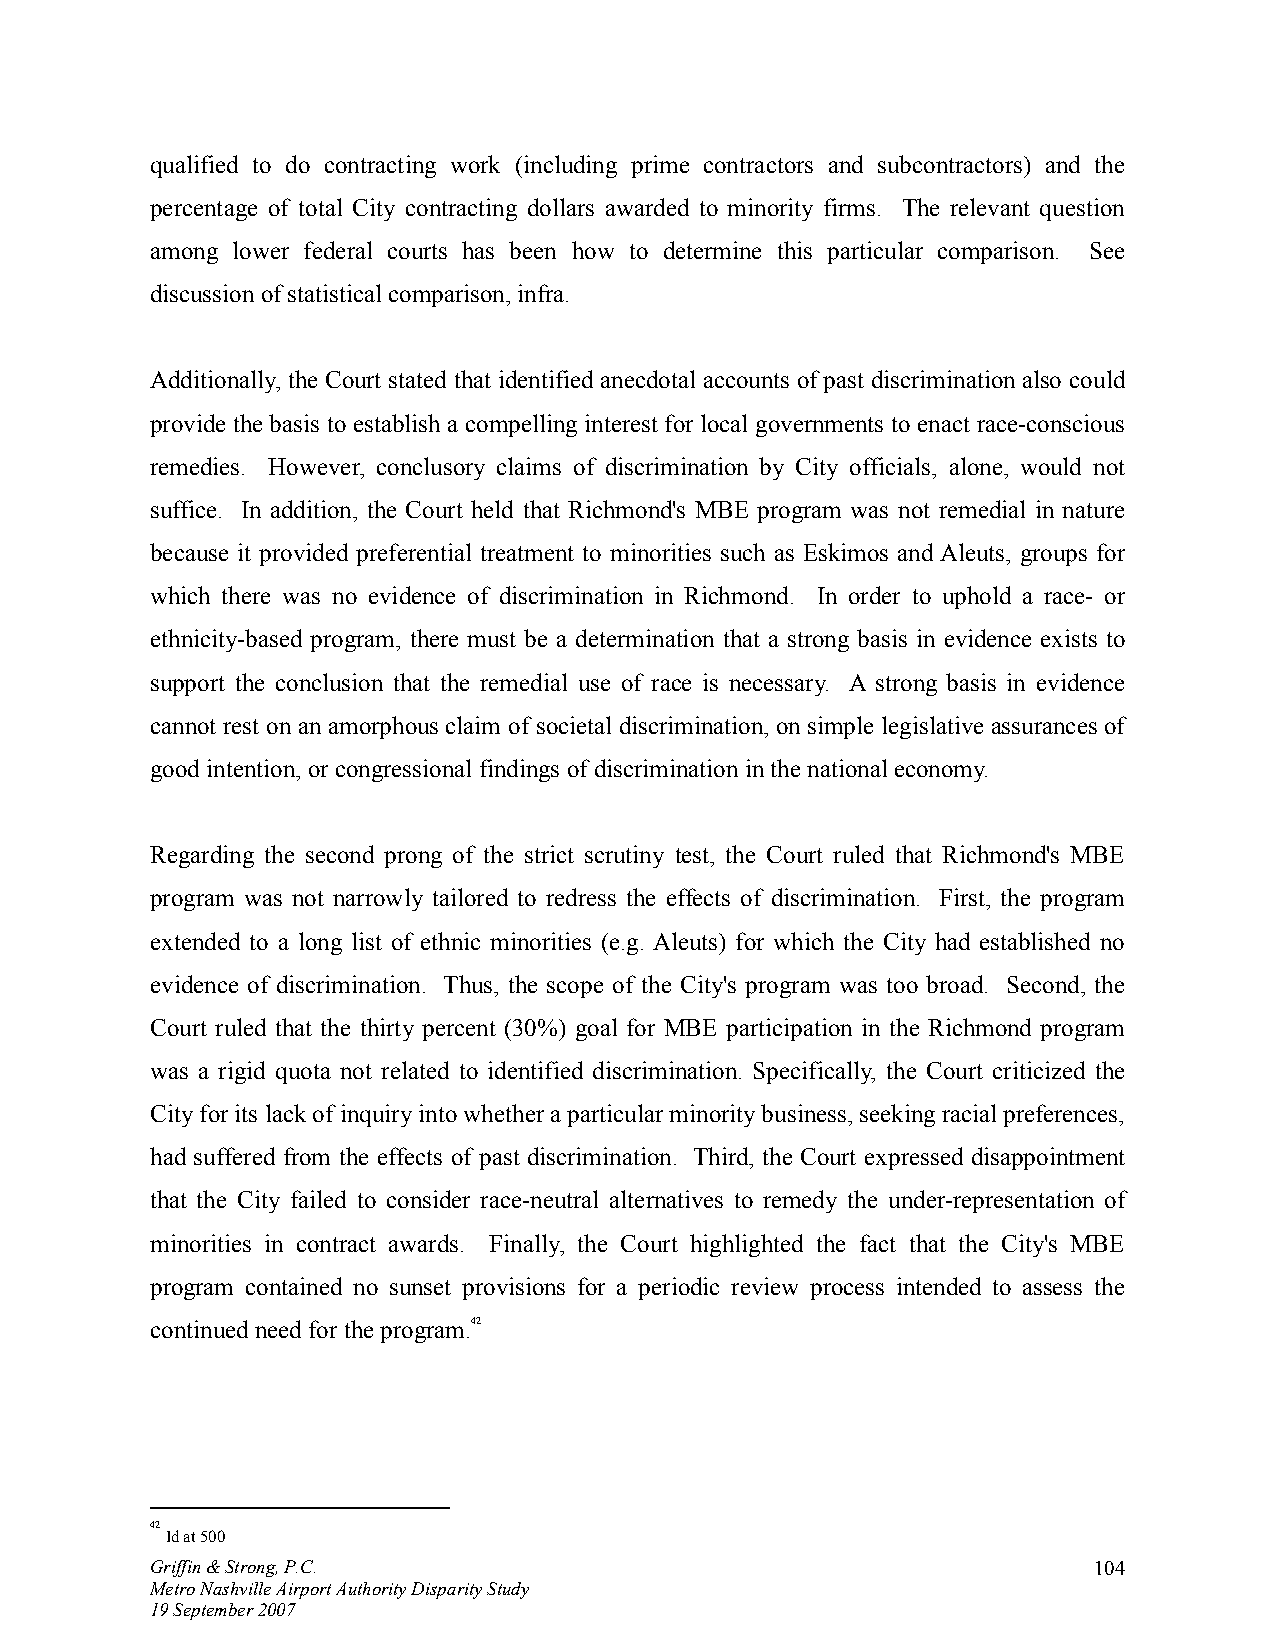
qualified to do contracting work (including prime contractors and subcontractors) and the
 percentage of total City contracting dollars awarded to minority firms. The relevant question
 among lower federal courts has been how to determine this particular comparison. See
 discussion of statistical comparison, infra.
 Additionally, the Court stated that identified anecdotal accounts of past discrimination also could
 provide the basis to establish a compelling interest for local governments to enact race-conscious
 remedies. However, conclusory claims of discrimination by City officials, alone, would not
 suffice. In addition, the Court held that Richmond's MBE program was not remedial in nature
 because it provided preferential treatment to minorities such as Eskimos and Aleuts, groups for
 which there was no evidence of discrimination in Richmond. In order to uphold a race- or
 ethnicity-based program, there must be a determination that a strong basis in evidence exists to
 support the conclusion that the remedial use of race is necessary. A strong basis in evidence
 cannot rest on an amorphous claim of societal discrimination, on simple legislative assurances of
 good intention, or congressional findings of discrimination in the national economy.
 Regarding the second prong of the strict scrutiny test, the Court ruled that Richmond's MBE
 program was not narrowly tailored to redress the effects of discrimination. First, the program
 extended to a long list of ethnic minorities (e.g. Aleuts) for which the City had established no
 evidence of discrimination. Thus, the scope of the City's program was too broad. Second, the
 Court ruled that the thirty percent (30%) goal for MBE participation in the Richmond program
 was a rigid quota not related to identified discrimination. Specifically, the Court criticized the
 City for its lack of inquiry into whether a particular minority business, seeking racial preferences,
 had suffered from the effects of past discrimination. Third, the Court expressed disappointment
 that the City failed to consider race-neutral alternatives to remedy the under-representation of
 minorities in contract awards. Finally, the Court highlighted the fact that the City's MBE
 program contained no sunset provisions for a periodic review process intended to assess the
 continued need for the program.42
 42
 Id at 500
 Griffin & Strong, P.C.                                        104
 Metro Nashville Airport Authority Disparity Study
 19 September 2007